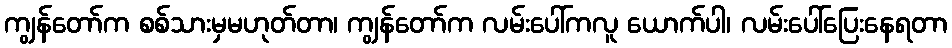
ကျွန်တော်က စစ်သားမှမဟုတ်တာ၊ ကျွန်တော်က လမ်းပေါ်ကလူ ယောက်ပါ၊ လမ်းပေါ်ပြေးနေရတာ